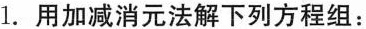
1.用加减消元法解下列方程组：